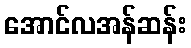
အောင်လအန်ဆန်း